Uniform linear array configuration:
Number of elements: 64
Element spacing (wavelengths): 0.25
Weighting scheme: cosine
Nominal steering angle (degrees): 60
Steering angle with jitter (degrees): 61.869
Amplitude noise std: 0.05
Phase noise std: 0.05

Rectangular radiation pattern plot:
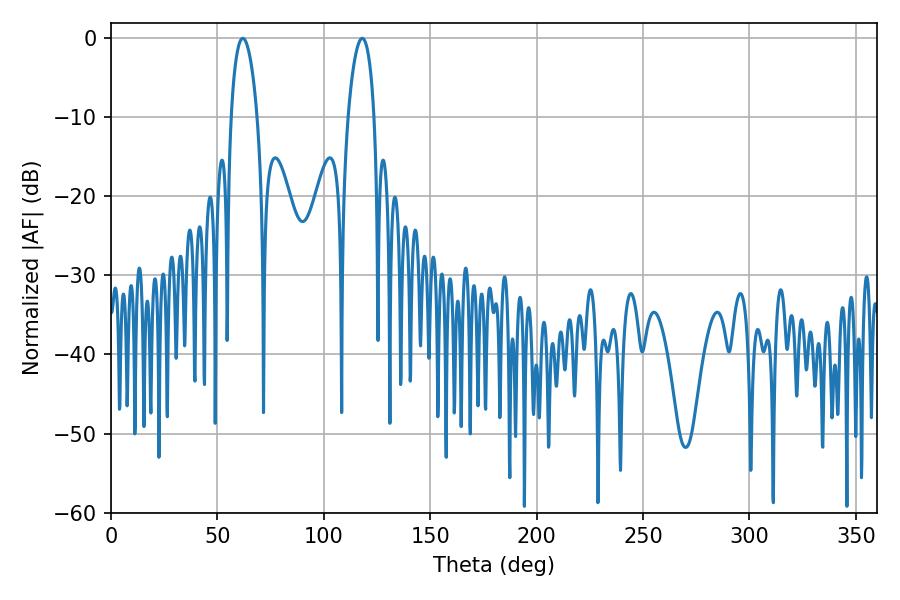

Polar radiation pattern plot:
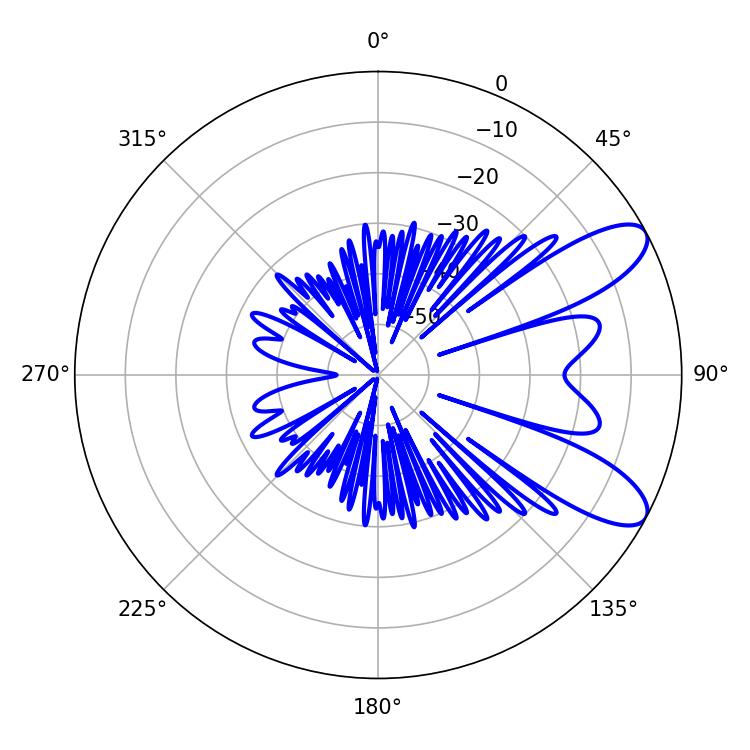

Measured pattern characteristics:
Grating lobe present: FALSE
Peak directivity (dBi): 9.222
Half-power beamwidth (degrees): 7.02
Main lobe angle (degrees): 61.92